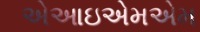
એઆઇએમએમ